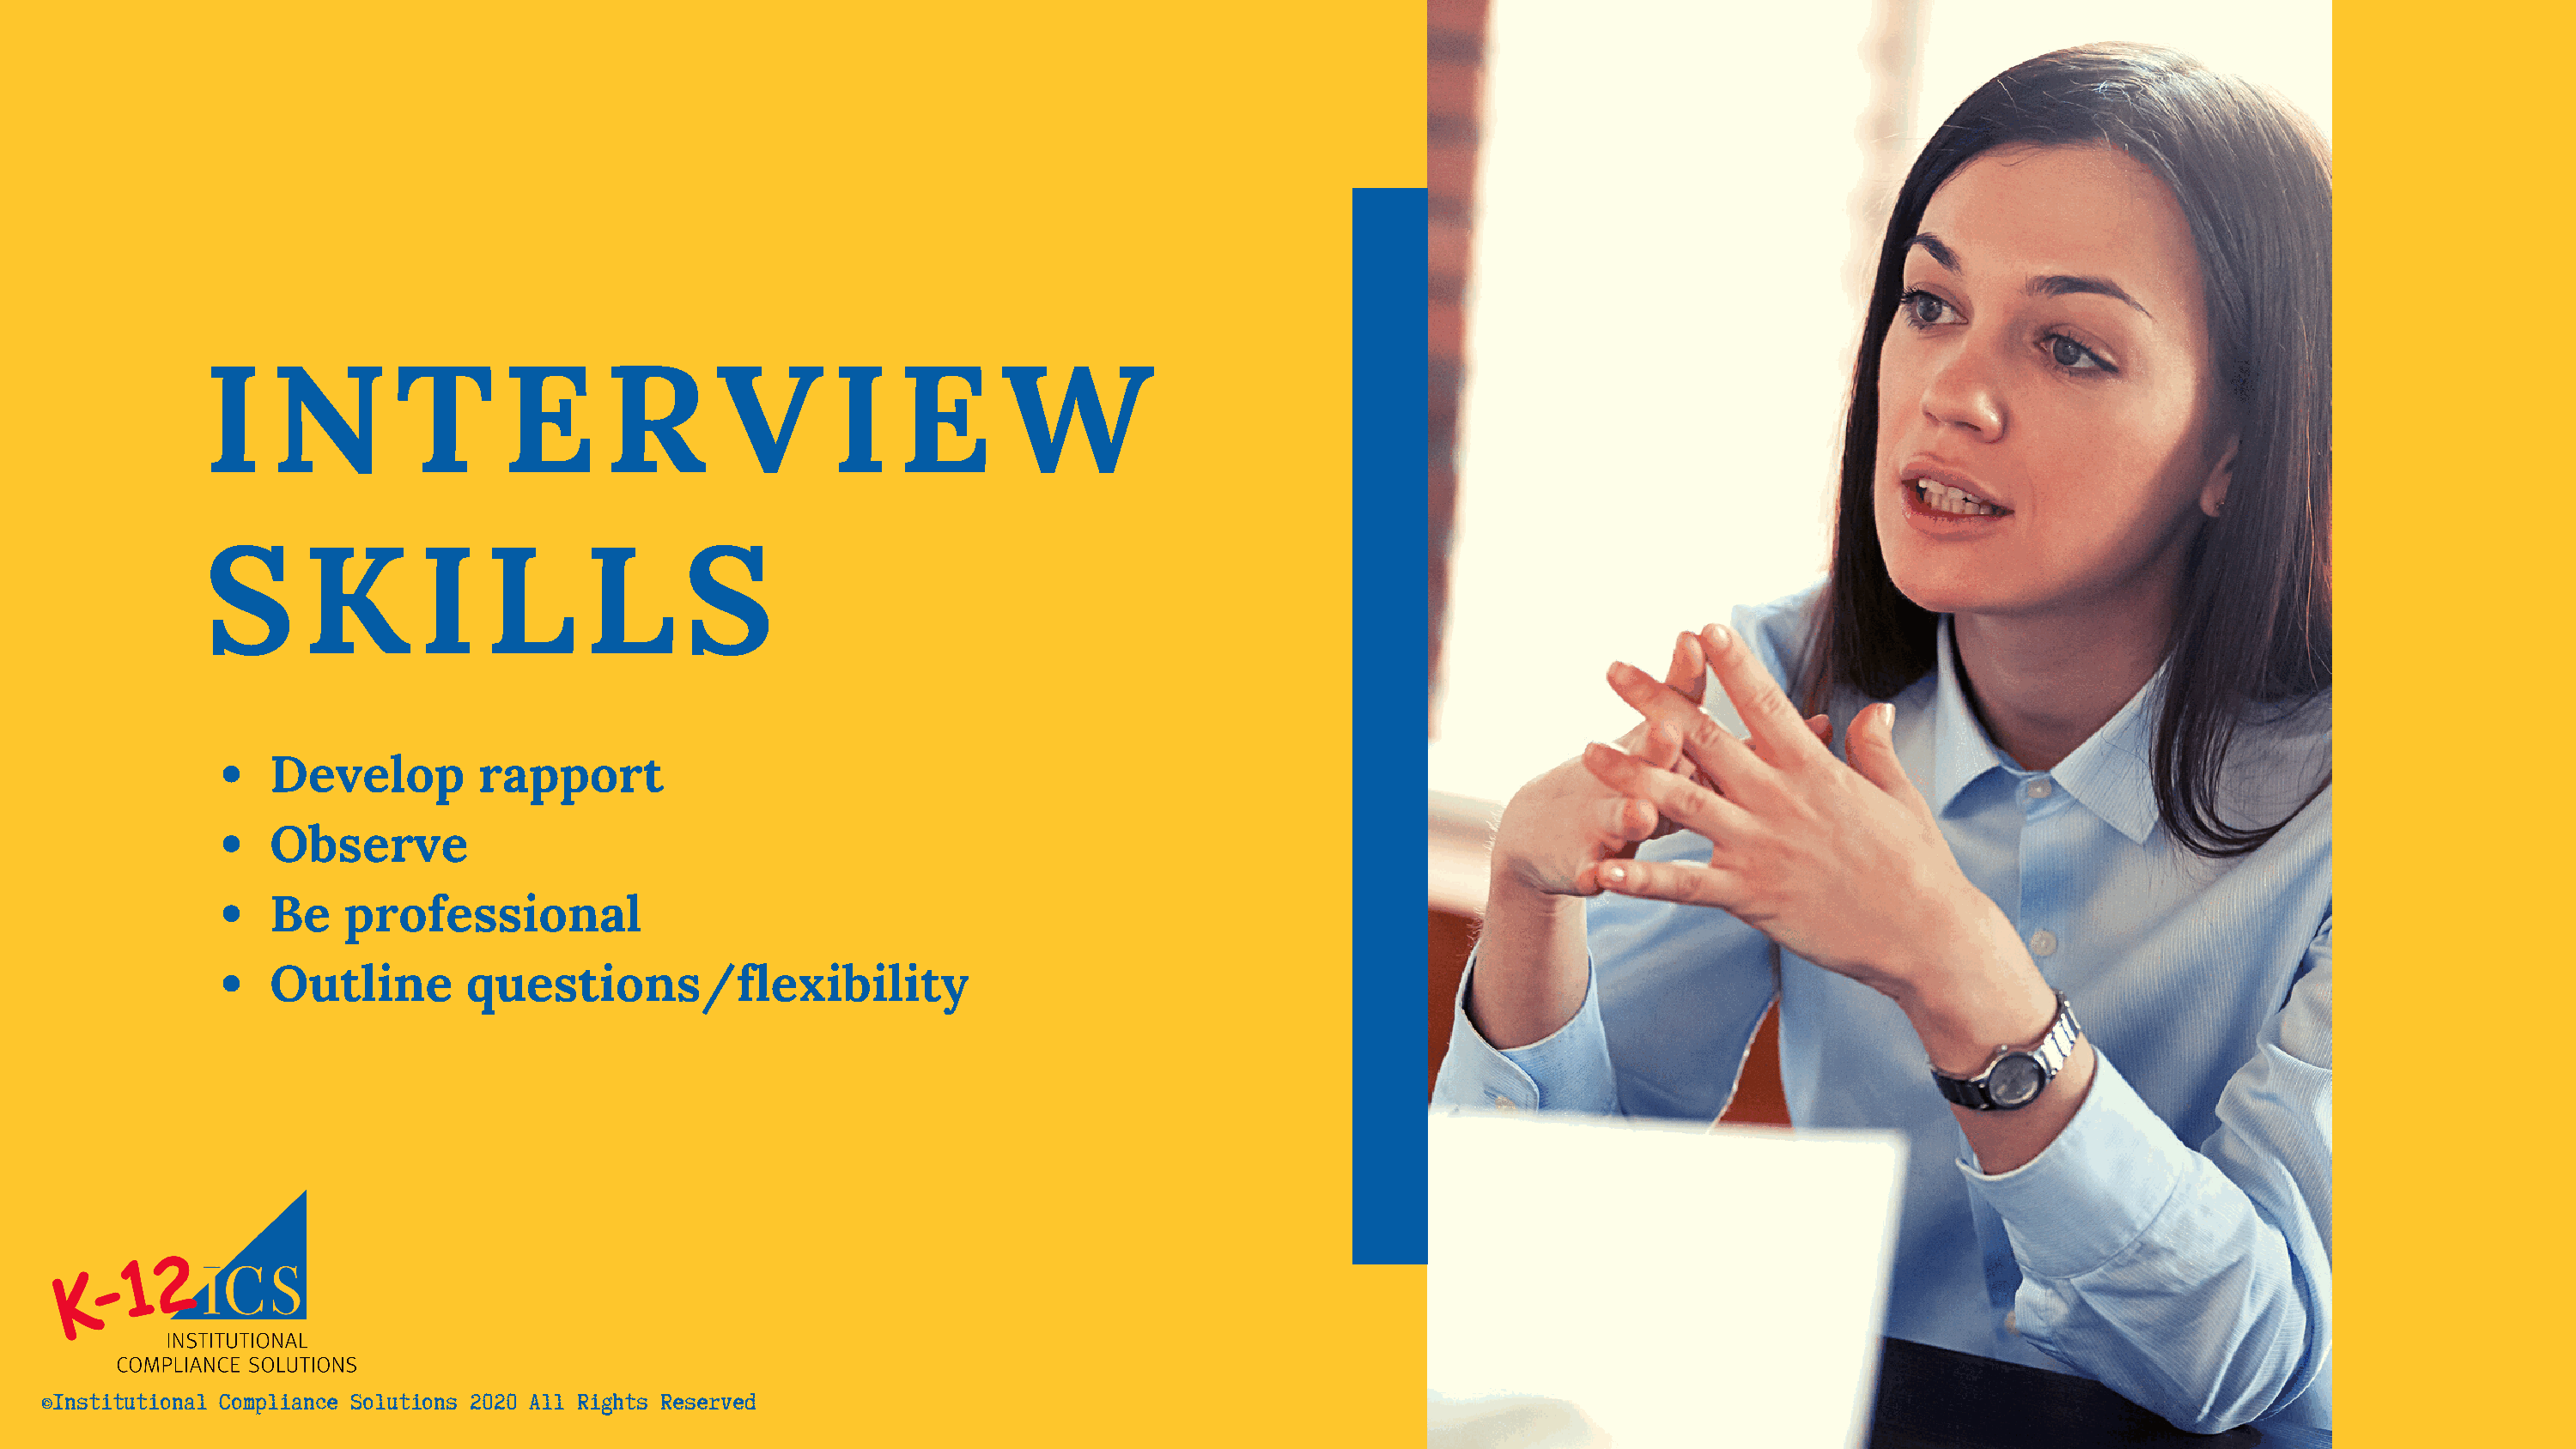
I    N        T        E       R       V        I    E       W
 S      K        I    L       L       S
 Develop         rapport
 Observe
 Be    professional
 Outline        questions/flexibility
 ©Institutional Compliance Solutions 2020 All Rights Reserved